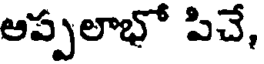
అప్పలాభో పిచే,